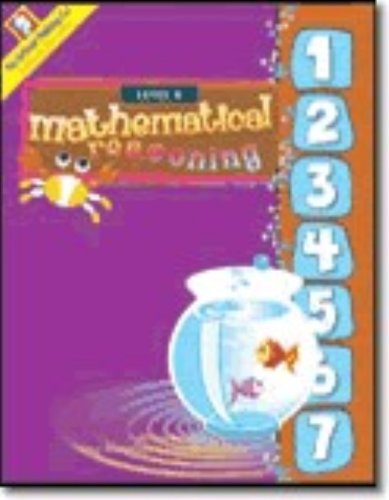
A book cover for Mathematical ReasoningTM Level A; Doug Brumbaugh; Test Preparation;